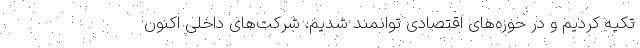
تکیه کردیم و در حوزه‌های اقتصادی توانمند شدیم. شرکت‌های داخلی اکنون